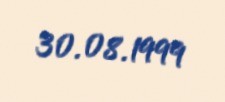
30.08.1999